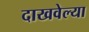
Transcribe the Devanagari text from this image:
दाखवेल्या